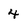
Character: 4